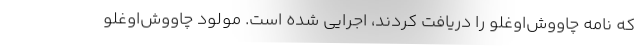
که نامه چاووش‌اوغلو را دریافت کردند، اجرایی شده است. مولود چاووش‌اوغلو